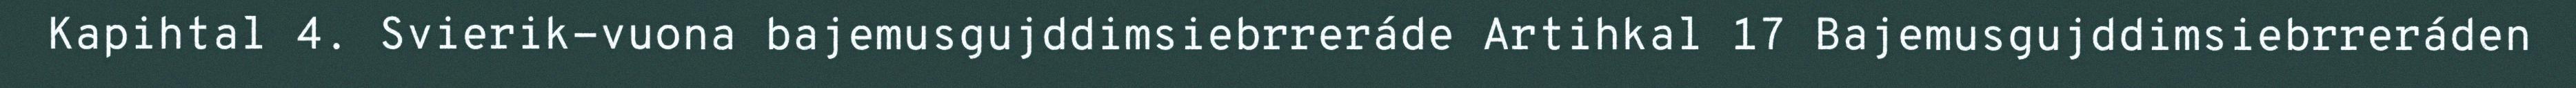
Kapihtal 4. Svierik-vuona bajemusgujddimsiebrreráde Artihkal 17 Bajemusgujddimsiebrreráden